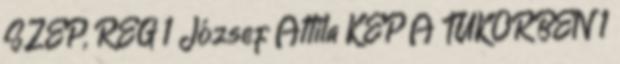
SZÉP, RÉG 1 József Attila KÉP A TÜKÖRBEN 1